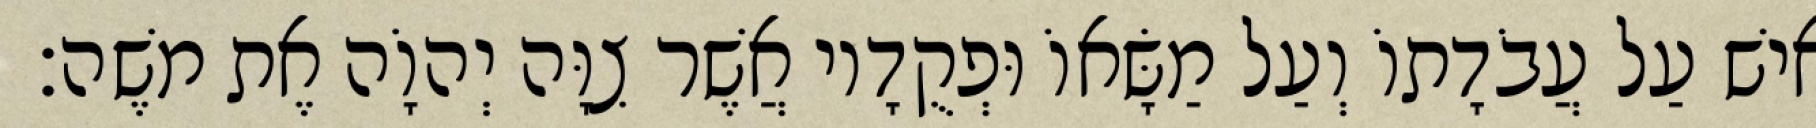
אִישׁ עַל עֲבֹדָתוֹ וְעַל מַשָּׂאוֹ וּפְקֻדָיו אֲשֶׁר צִוָּה יְהוָֹה אֶת משֶׁה׃